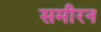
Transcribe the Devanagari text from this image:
समीरन